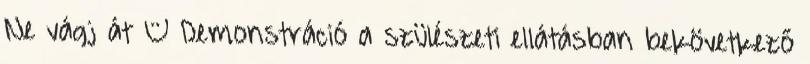
Ne vágj át – Demonstráció a szülészeti ellátásban bekövetkező